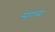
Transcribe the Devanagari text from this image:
स्पृहाच्या